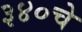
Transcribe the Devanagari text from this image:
३४०चे